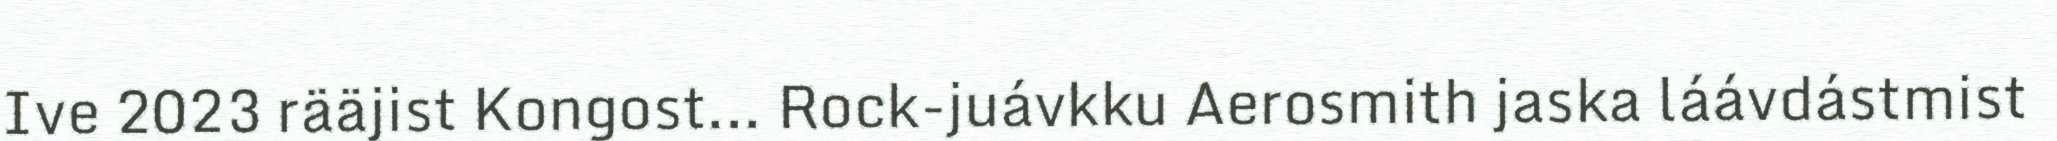
Ive 2023 rääjist Kongost... Rock-juávkku Aerosmith jaska láávdástmist